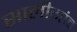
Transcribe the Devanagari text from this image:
सालीगांव